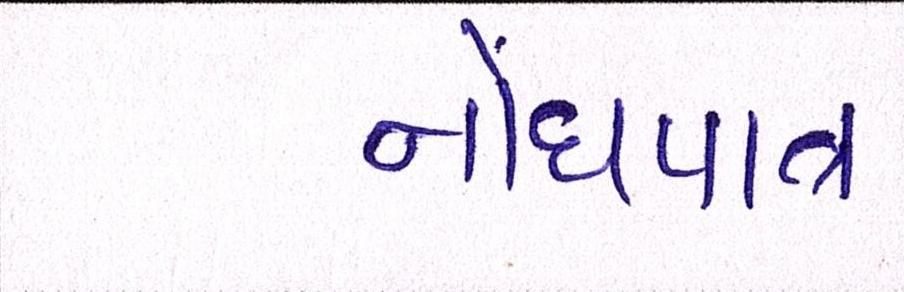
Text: નોંધપાત્ર